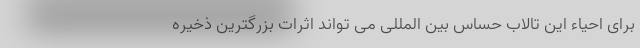
برای احیاء این تالاب حساس بین المللی می تواند اثرات بزرگترین ذخیره